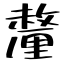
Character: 釐